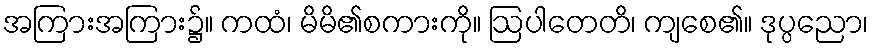
အကြားအကြား၌။ ကထံ၊ မိမိ၏စကားကို။ ဩပါတေတိ၊ ကျစေ၏။ ဒုပ္ပညော၊